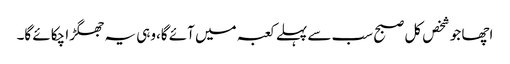
اچھا جو شخص کل صبح سب سے پہلے کعبہ میں آئے گا،وہی یہ جھگڑا چکائے گا۔